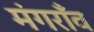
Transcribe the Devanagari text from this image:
मंगराँव